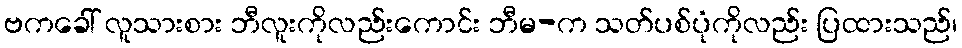
ဗကခေါ် လူသားစား ဘီလူးကိုလည်းကောင်း ဘီမ-က သတ်ပစ်ပုံကိုလည်း ပြထားသည်၊